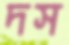
দস